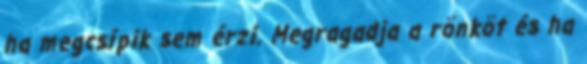
ha megcsípik sem érzi. Megragadja a rönköt és ha